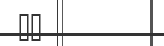
٣٠